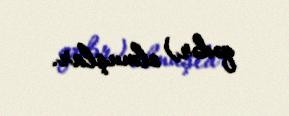
qədər) olmuşlar.